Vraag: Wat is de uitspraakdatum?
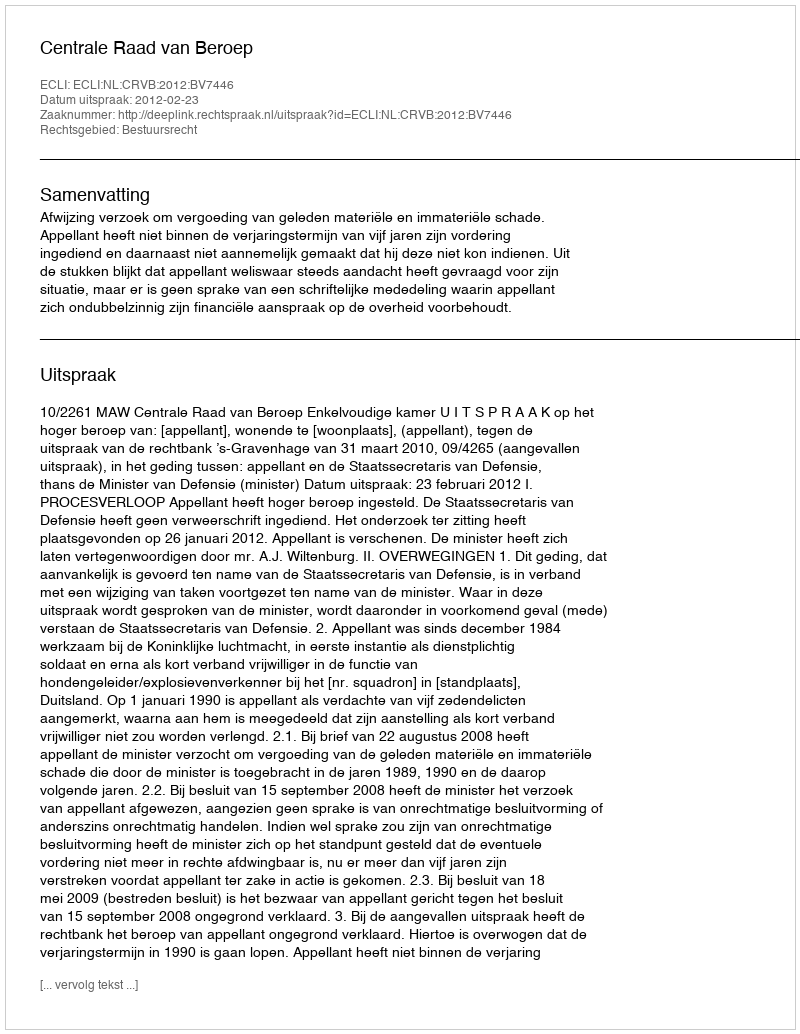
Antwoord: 2012-02-23